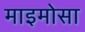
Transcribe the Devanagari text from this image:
माइमोसा